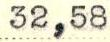
32,58